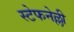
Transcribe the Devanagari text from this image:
स्टेफनेल्ली